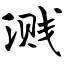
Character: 溅